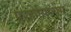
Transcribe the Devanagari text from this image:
फ्रंज़ोसिस्चेस